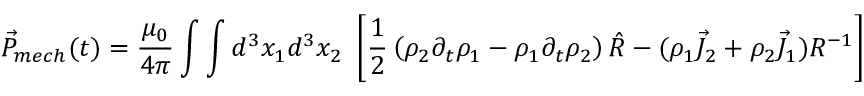
\vec { P } _ { m e c h } ( t ) = \frac { \mu _ { 0 } } { 4 \pi } \int \int d ^ { 3 } x _ { 1 } d ^ { 3 } x _ { 2 } ~ \left[ \frac { 1 } { 2 } \left( \rho _ { 2 } \partial _ { t } \rho _ { 1 } - \rho _ { 1 } \partial _ { t } \rho _ { 2 } \right) \hat { R } - ( \rho _ { 1 } \vec { J } _ { 2 } + \rho _ { 2 } \vec { J } _ { 1 } ) R ^ { - 1 } \right]